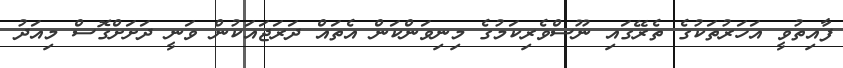
ފާއިތުވީ އަހަރުތަކުގެ ތެރޭގައި ނޫސްވެރިކަމުގެ މިނިވަންކަން އެތައް ދަރަޖައަކުން ވަނީ ދަށަށްގޮސް މިއަދު